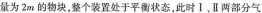
量为2m的物块，整个装置处于平衡状态，此时Ⅰ，Ⅱ两部分气